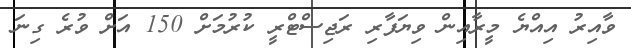
ވާއިރު އިއްޔެ މީރާއިން ވިޔަފާރި ރަޖިސްޓްރީ ކުރުމަށް 150 އަށް ވުރެ ގިނަ